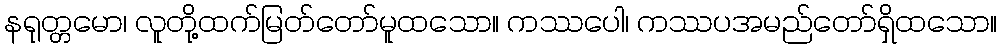
နရုတ္တမော၊ လူတို့ထက်မြတ်တော်မူထသော။ ကဿပေါ၊ ကဿပအမည်တော်ရှိထသော။